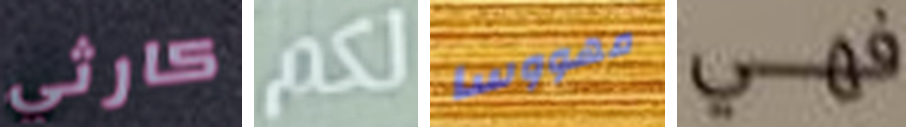
كارثي لكم مهووسا فهي